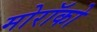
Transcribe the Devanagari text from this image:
मोरॉको